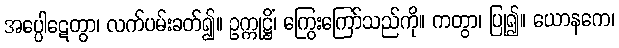
အပ္ပေါဋေတွာ၊ လက်ပမ်းခတ်၍။ ဥက္ကုဋ္ဌိံ၊ ကြွေးကြော်သည်ကို။ ကတွာ၊ ပြု၍။ ယောနကေ၊